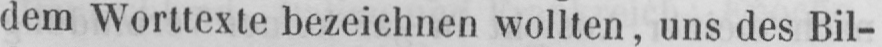
dem Worttexte bezeichnen wollten, uns des Bil-